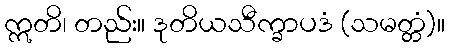
ဣတိ၊ တည်း။ ဒုတိယသီက္ခာပဒံ (သမတ္တံ)။